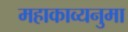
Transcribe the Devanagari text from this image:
महाकाव्यनुमा